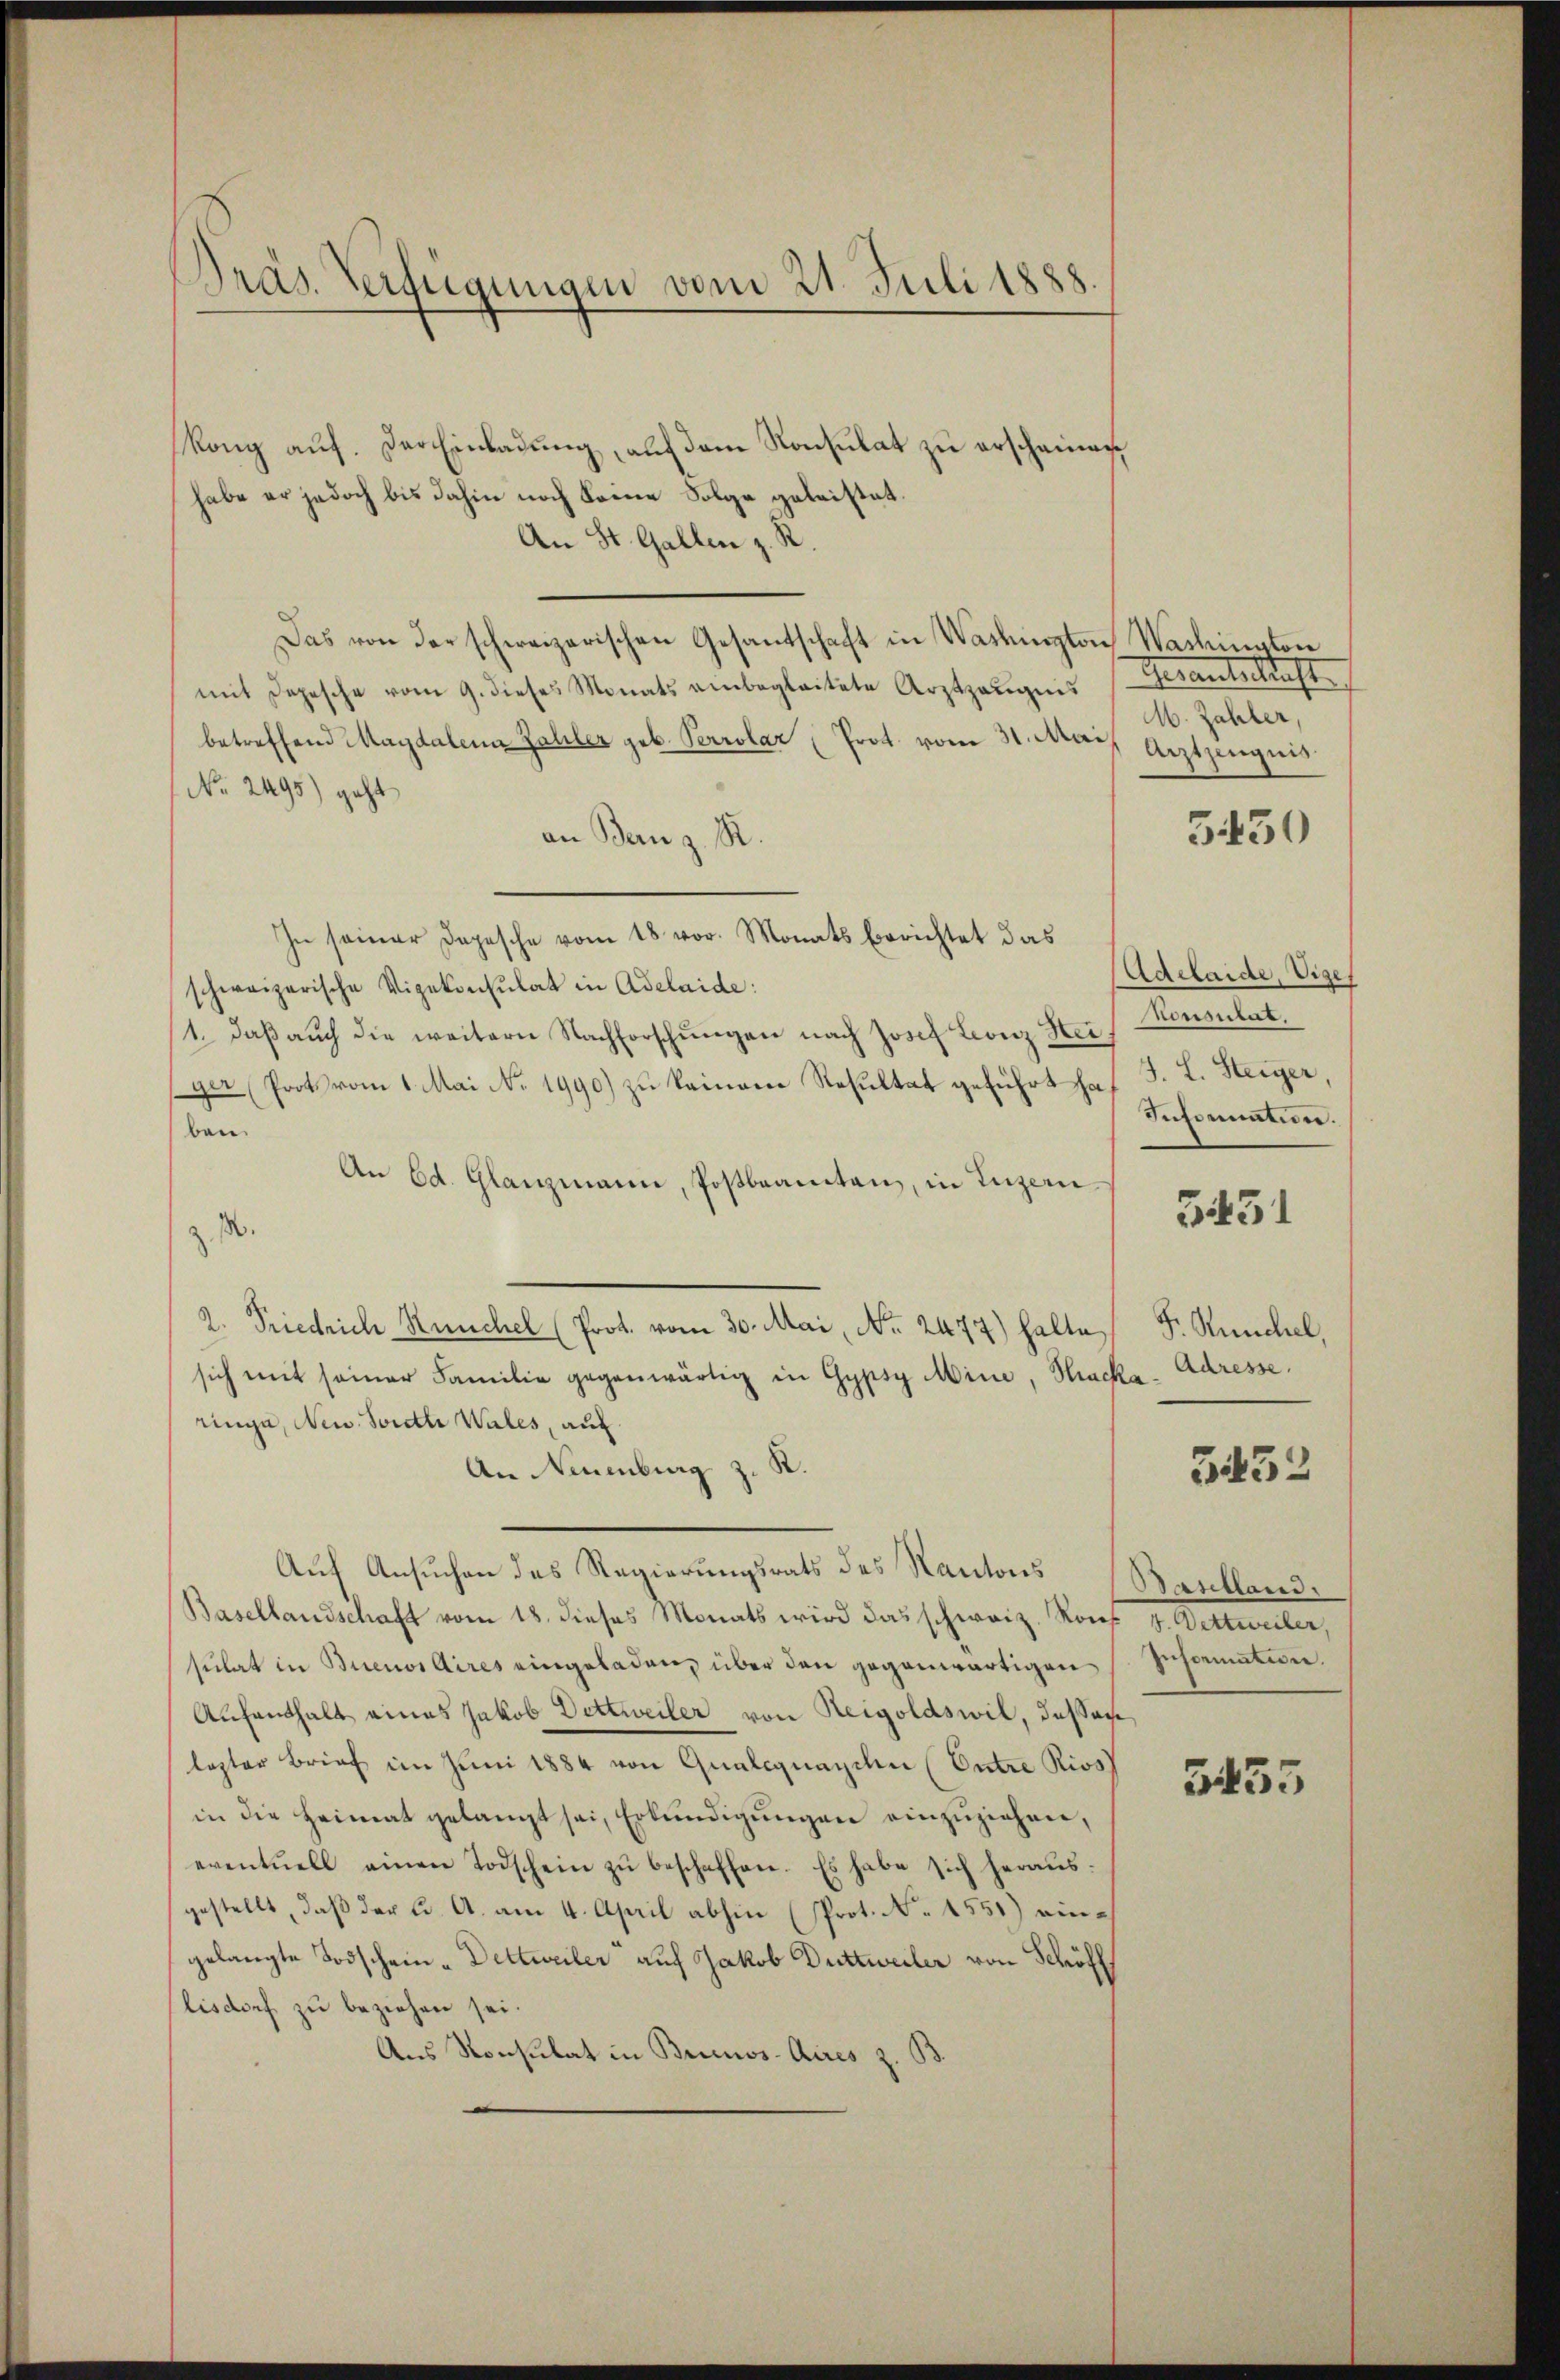
Präs. Verfügungen vom 21. Juli 1888.

Rang auf. Der Einladung, auf dem Konsulat zu erscheinen
habe er jedoch bis dahin noch keine Folge geleistet.
An St. Gallen z. R.
Das von der schweizerischen Gesantschaft in Washington Washington
mit Depesche vom 9. dieses Monats anbegleitete Arztzeugnis
betreffend Magdalen Zahler geb. Perrolar (Prot. vom 31. Mai
No. 2495) geht
an Banz. R.
In seiner Depesche vom 18. vor. Monats berichtet das
schweizerische Vizekonsulat in Adelaide:
1. daβ aŭch die weitern Nachforschŭngen nach Josef Leonz Ster Konsulat,
ger (Prots vom 1. Mai No 1990) zu keinene Resultat geführt hat J. L. Steiger,
ben
An Ed. Glanzmann, Postbeamten, in Luzern
z 1.
2. Priechich-Rünchel (Prot. vom 30. Mai, No. 2477) halte
sich mit seiner Familie gegenwärtig in Gypsy Mine, Thacka-Adresse.
ringe, New. Sonetti Wales, auf
An Neuenburg z. K
Auf Ansuchen des Regierungsrats des Kantons Bantland¬
Basellandschaft vom 18. dieses Monats wird das schweiz. Kons. v. Dettweiler,
sulat in Buenos Aires eingeladen, über den gegenwärtigen
Aufenthalt eines Jakob Dettweiler von Reigoldswil, dassen,
lezter Brief im Juni 1884 von Qualiquazilen (Entre Rios
in die Heimat gelangt sei, Erkundigungen einzuziehen,
eventuell einen Todschein zŭ beschaffen. Es habe sich heraus:
gestellt, daß der u. A. am 4. April abhin (Prot. No 1551) eingelangte Todschein-Dettweiler“ auf Jakob Duttweiler von Schöff
lisdorf zu beziehen sei.
Aus Konsulat in Buenos-Aires z. B

Gerantenkunft
. Zahler,
Arztzeugnis

5430

Adelaide, Vize
Informatin.

3451

F. Künchel,

3452

Information.

5455